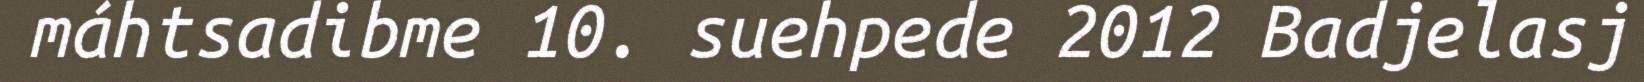
máhtsadibme 10. suehpede 2012 Badjelasj